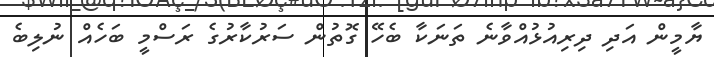
ޔާމީން އަދި ދިރިއުޅުއްވާނެ ތަނަކާ ބެހޭ ގޮތުން ސަރުކާރުގެ ރަސްމީ ބަހެއް ނުލިބެ